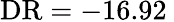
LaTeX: \mathrm{DR}=-16.92\